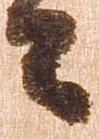
々